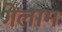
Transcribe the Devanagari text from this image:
गेलाम